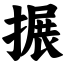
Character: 搌